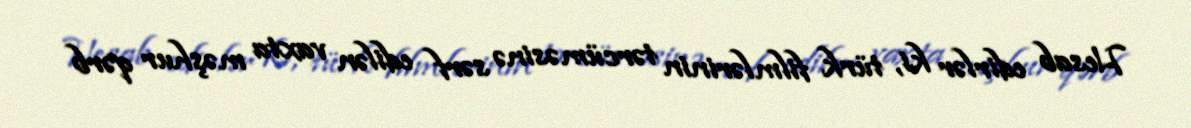
Hesab edirlər ki, türk filmlərinin tərcüməsinə sərf edilən vaxta məşhur qərb